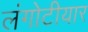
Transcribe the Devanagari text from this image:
लंगोटीयार